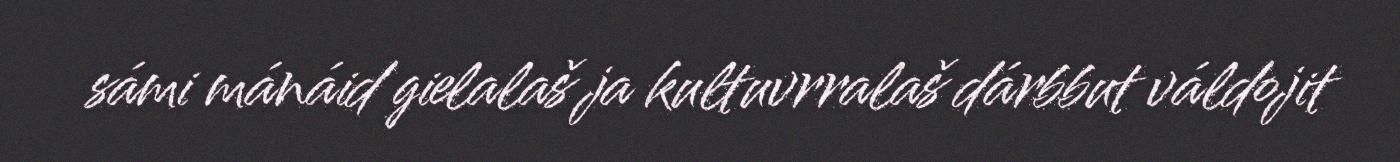
sámi mánáid gielalaš ja kultuvrralaš dárbbut váldojit